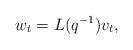
LaTeX: \begin{align*}w_t = L(q^{-1}) v_t,\end{align*}